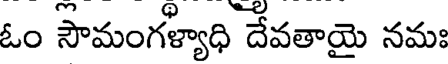
ఓం సౌమంగళ్యాధి దేవతాయై నమః